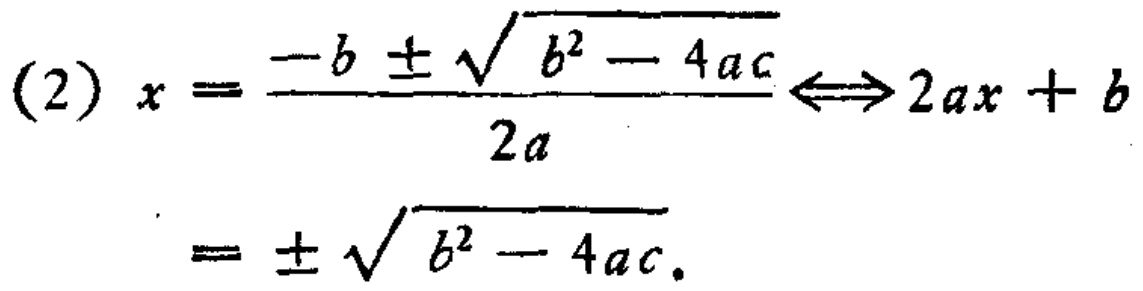
(2) \(x = \frac{-b \pm \sqrt{b^{2} - 4ac}}{2a} \Leftrightarrow 2ax + b = \pm \sqrt{b^{2} - 4ac}\)